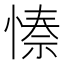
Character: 𭝺